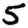
Digit: 5